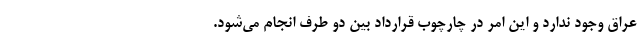
عراق وجود ندارد و این امر در چارچوب قرارداد بین دو طرف انجام می‌شود.